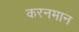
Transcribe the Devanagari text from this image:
करनमान